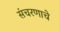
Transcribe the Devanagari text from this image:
संचरणाचे